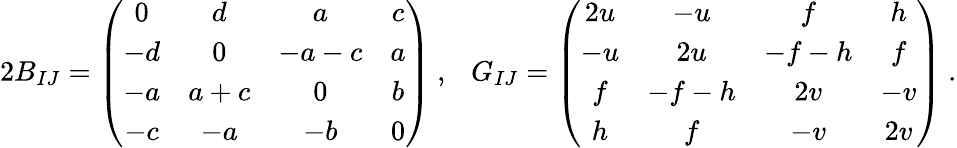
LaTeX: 2B_{IJ}=\left(\begin{array}{cccc}{{0}}&{{d}}&{{a}}&{{c}}\\ {{-d}}&{{0}}&{{-a-c}}&{{a}}\\ {{-a}}&{{a+c}}&{{0}}&{{b}}\\ {{-c}}&{{-a}}&{{-b}}&{{0}}\end{array}\right)~,~~~G_{IJ}=\left(\begin{array}{cccc}{{2u}}&{{-u}}&{{f}}&{{h}}\\ {{-u}}&{{2u}}&{{-f-h}}&{{f}}\\ {{f}}&{{-f-h}}&{{2v}}&{{-v}}\\ {{h}}&{{f}}&{{-v}}&{{2v}}\end{array}\right)~.